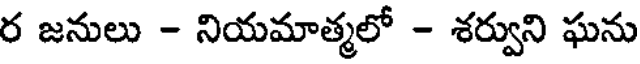
ర జనులు - నియమాత్మలో - శర్వుని ఘను